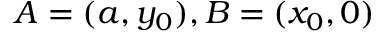
A = ( a , y _ { 0 } ) , B = ( x _ { 0 } , 0 )